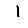
Digit: 1